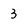
Character: 3